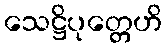
သေဋ္ဌိပုတ္တေဟိ